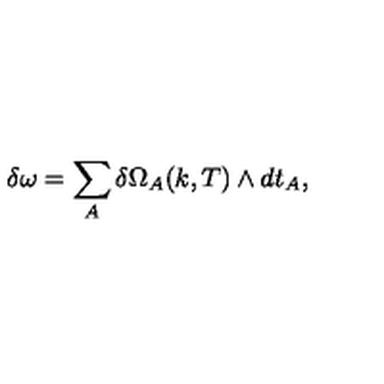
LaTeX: \delta \omega = \sum _ { A } \delta \Omega _ { A } ( k , T ) \wedge d t _ { A } ,